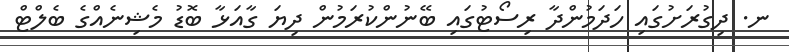
ނ. ދިގުރަށުގައި ހަދަމުންދާ ރިސޯޓުގައި ބޭނުންކުރަމުން ދިޔަ ގާއަޅާ ބޮޑު މެޝިނެއްގެ ބެލްޓް